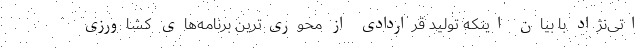
اتی‌نژاد با بیان اینکه تولید قراردادی از محوری‌ترین برنامه‌های کشاورزی